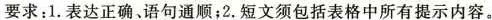
要求:1.表达正确、语句通顺;2.短文须包括表格中所有提示内容。